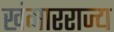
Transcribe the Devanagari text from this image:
खंगारराज्य